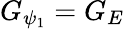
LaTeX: G_{\psi_{1}}=G_{E}